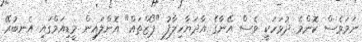
ނަމަވެސް ކޮންމެ ދުވަހަކީ ވެސް އޭނާގެ އާދަޔާހިލާފު "ޕޯޒްތައް" އޮންލައިން މީޑިއަމްގައި އެނބުރޭ